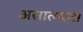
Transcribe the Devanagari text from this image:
असात्म्यता